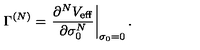
\Gamma ^ { ( N ) } = \left. \frac { \partial ^ { N } V _ { \mathrm { e f f } } } { \partial \sigma _ { 0 } ^ { N } } \right| _ { \sigma _ { 0 } = 0 } .